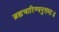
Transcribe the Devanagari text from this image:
ब्रह्मचारिण्यनुत्तमा॥